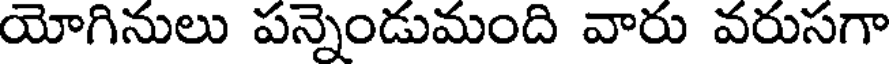
యోగినులు పన్నెండుమంది వారు వరుసగా